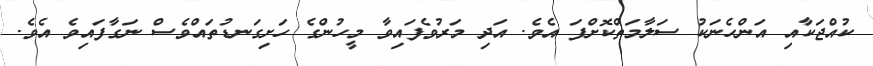
ކުއްޖަކާއި އަންހެނަކު ސަލާމަތްކޮށްފަ އެވެ. އަދި މަރުވެފައިވާ މީހުންގެ ހަށިގަނޑުތައްވެސް ނަގާފައިވެ އެވެ.